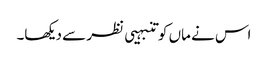
اس نے ماں کو تنبہیی نظر سے دیکھا۔